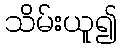
သိမ်းယူ၍